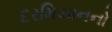
દરમિયાનનો